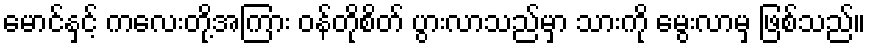
မောင်နှင့် ကလေးတို့အကြား ဝန်တိုစိတ် ပွားလာသည်မှာ သားကို မွေးလာမှ ဖြစ်သည်။